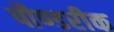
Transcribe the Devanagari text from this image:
पौण्डरीक